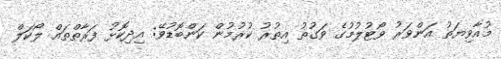
މުއާވިޔަތު އަންވަރު ވޯޓުލުމުގެ ވަގުތު އިތުރު ކުރުމުން ކަންބޮޑުވޭ: އިދިކޮޅު ފަރާތްތައް ލޯކަލް